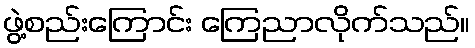
ဖွဲ့စည်းကြောင်း ကြေညာလိုက်သည်။